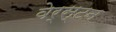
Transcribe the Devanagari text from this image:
वेर्स्टन